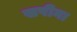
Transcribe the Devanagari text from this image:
सपीना